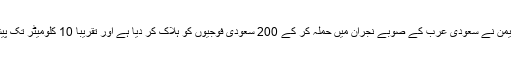
اس ہفتے انصاراللہ یمن نے سعودی عرب کے صوبے نجران میں حملہ کر کے 200 سعودی فوجیوں کو ہلاک کر دیا ہے اور تقریباً 10 کلومیٹر تک پیشقدمی بھی کی ہے۔